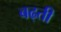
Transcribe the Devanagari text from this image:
बढ्ती